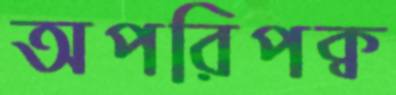
অপরিপক্ব